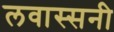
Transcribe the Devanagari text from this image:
लवास्सनी